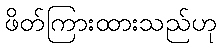
ဖိတ်ကြားထားသည်ဟု